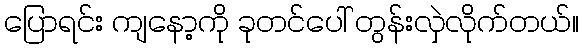
ပြောရင်း ကျနော့ကို ခုတင်ပေါ် တွန်းလှဲလိုက်တယ်။